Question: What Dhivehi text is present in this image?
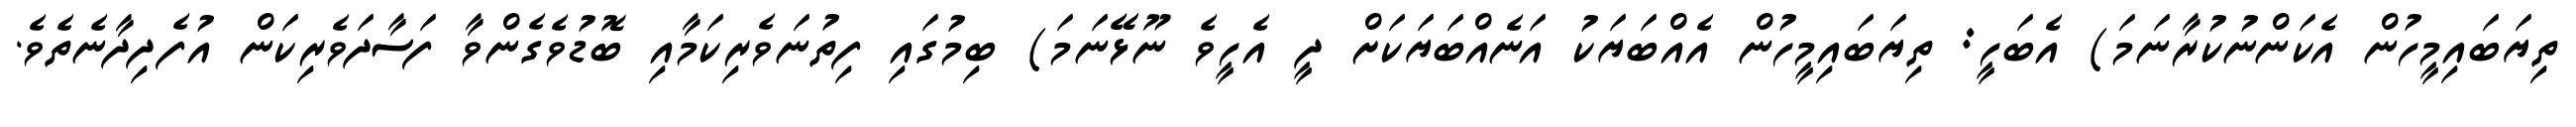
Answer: ތިޔަބައިމީހުން އެކަންނުކުރާނަމަ) އެބަހީ: ތިޔަބައިމީހުން އެއްބަޔަކު އަނެއްބަޔަކަށް ދީ އެހީވެ ނޫޅޭނަމަ) ބިމުގައި ފިތުނަވެރިކަމާއި ބޮޑުވެގެންވާ ފަސާދަވެރިކަން އުފެދިދާނެތެވެ.